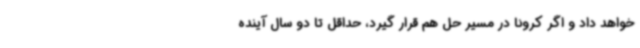
خواهد داد و اگر کرونا در مسیر حل هم قرار گیرد، حداقل تا دو سال آینده